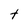
Character: t